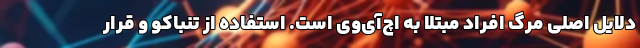
دلایل اصلی مرگ افراد مبتلا به اچ‌آی‌وی است. استفاده از تنباکو و قرار